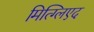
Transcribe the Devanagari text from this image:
मित्ग्लिएद